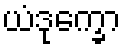
ယံဒုက္ခော